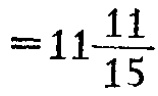
$=11\frac{11}{15}$